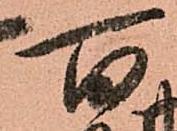
百